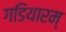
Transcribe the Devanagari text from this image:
गडियारम्